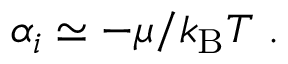
\alpha _ { i } \simeq - \mu / k _ { \mathrm { { B } } } T \ .